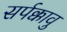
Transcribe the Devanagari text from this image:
सर्पक्कावु